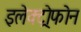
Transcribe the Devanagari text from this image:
इलेक्ट्रोफोन